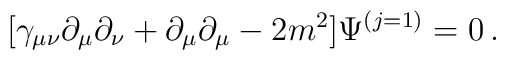
[\gamma_{\mu\nu}\partial_\mu \partial_\nu + \partial_\mu \partial_\mu -2m^2 ] \Psi^{(j=1)}= 0\,.